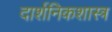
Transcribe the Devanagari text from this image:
दार्शनिकशास्त्र